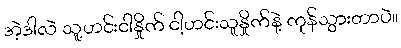
အဲ့ဒါလဲ သူ့ဟင်းငါနှိုက် ငါ့ဟင်းသူနှိုက်နဲ့ ကုန်သွားတာပဲ။